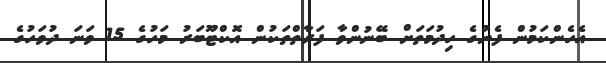
އެހެންކަމުން ފެނުގެ ހިދުމަތަށް ބޭނުންވާ ފަރާތްތަކުން އޮކްޓޫބަރު މަހުގެ 15 ވަނަ ދުވަހުގެ